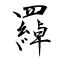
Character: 羄